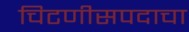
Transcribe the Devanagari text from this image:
चिटणीसपदाचा